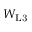
W _ { \mathrm { L 3 } }